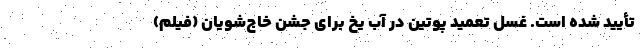
تأیید شده است. غسل تعمید پوتین در آب یخ برای جشن خاج‌شویان (فیلم)